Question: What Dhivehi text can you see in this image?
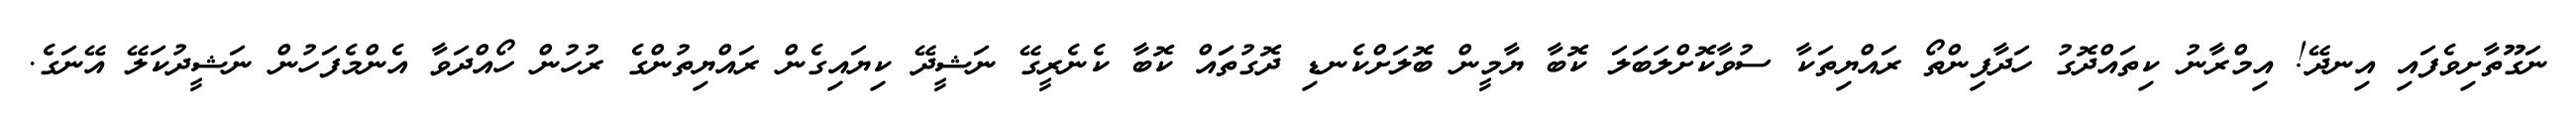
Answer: ނަގޫތާށިވެފައި އިނދޭ! އިމްރާނު ކިތައްދޮގު ހަދާފިންތޯ ރައްޔިތަކާ ސުވާކޮށްލަބަލަ ކޮބާ ޔާމީން ބޮލަށްކެނޑި ދޮގުތަައް ކޮބާ ކެނެރީގޭ ނަޝީދޭ ކިޔައިގެން ރައްޔިތުންގެ ރުހުން ހޯއްދަވާ އެންމެފަހުން ނަޝީދުކަލޭ އޭނަގެ.